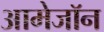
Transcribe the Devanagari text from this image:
आमेजॉन